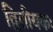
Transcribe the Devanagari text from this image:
द्वितीयकः